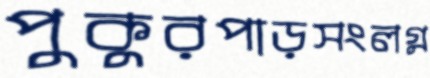
পুকুরপাড়সংলগ্ন